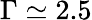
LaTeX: \Gamma\simeq 2.5